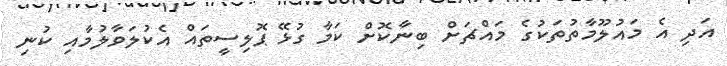
އަދި އެ މައުލޫމާތުތަކުގެ މައްޗަށް ބިނާކޮށް ކަމާ ގުޅޭ ޕޮލިސީތައް އެކުލަވާލުމާއި ކުނި